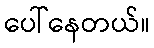
ပေါ်နေတယ်။